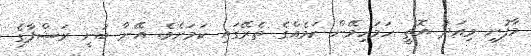
މާފުށި މިއަދު އޮތީ ހަމަހިމޭން ކަމެއްގެ ތެރޭގައި ކަމަށެވެ. އޭނާ ބުނީ ރަޝްފާގެ